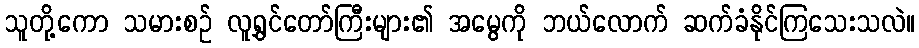
သူတို့ကော သမားစဉ် လူရွှင်တော်ကြီးများ၏ အမွေကို ဘယ်လောက် ဆက်ခံနိုင်ကြသေးသလဲ။